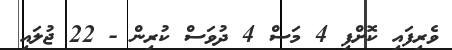
ވެރިފައި ކޮށްފި 4 މަސް 4 ދުވަސް ކުރިން - 22 ޖުލައި